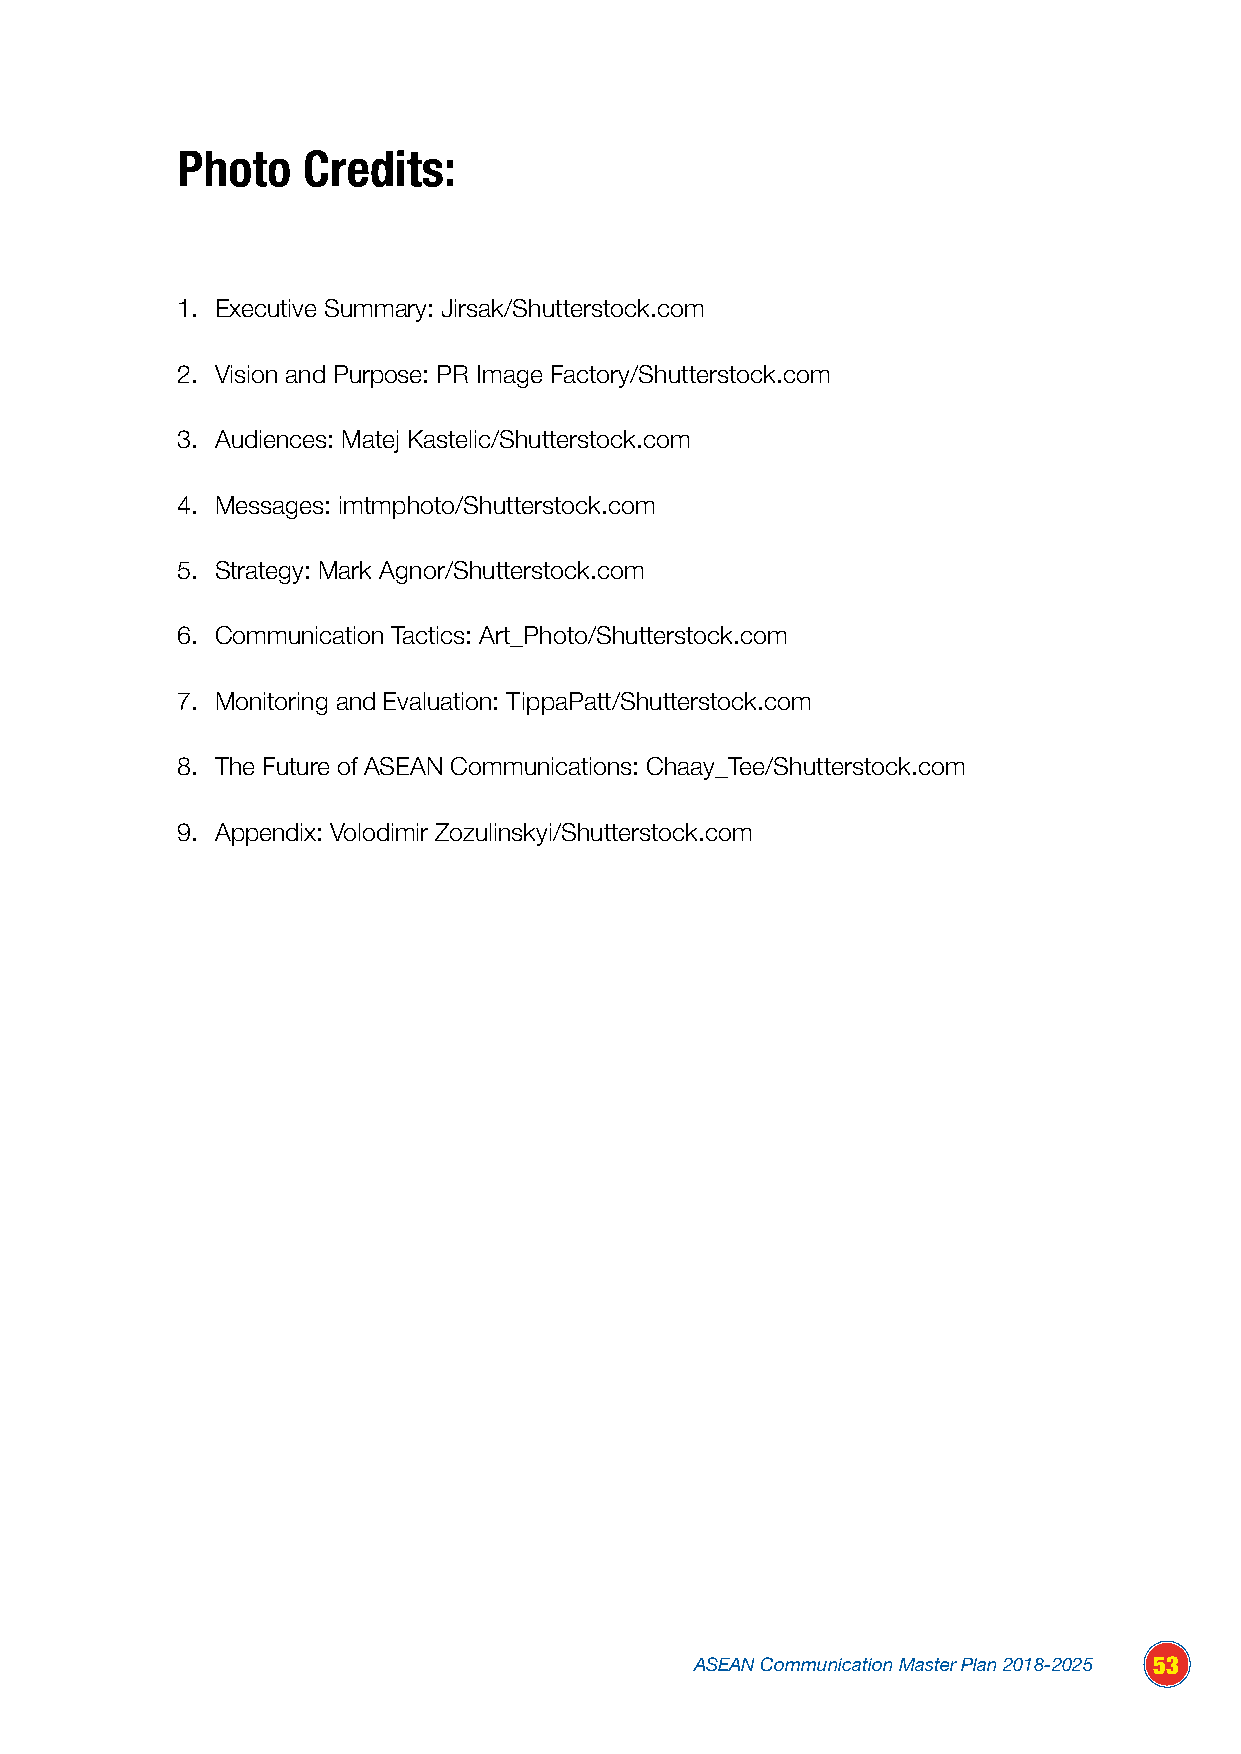
Photo   Credits:
 1. Executive Summary: Jirsak/Shutterstock.com
 2. Vision and Purpose: PR Image Factory/Shutterstock.com
 3. Audiences: Matej Kastelic/Shutterstock.com
 4. Messages: imtmphoto/Shutterstock.com
 5. Strategy: Mark Agnor/Shutterstock.com
 6. Communication Tactics: Art_Photo/Shutterstock.com
 7. Monitoring and Evaluation: TippaPatt/Shutterstock.com
 8. The Future of ASEAN Communications: Chaay_Tee/Shutterstock.com
 9. Appendix: Volodimir Zozulinskyi/Shutterstock.com
 ASEAN Communication Master Plan 2018-2025 53